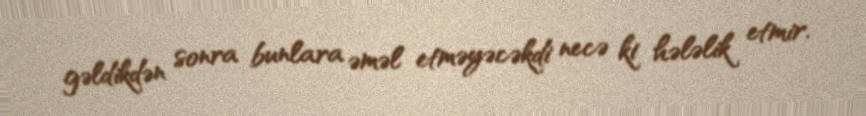
gəldikdən sonra bunlara əməl etməyəcəkdi necə ki hələlik etmir.